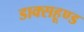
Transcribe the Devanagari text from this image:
डाक्सहूण्ड